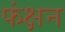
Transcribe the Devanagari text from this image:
फंक्षन